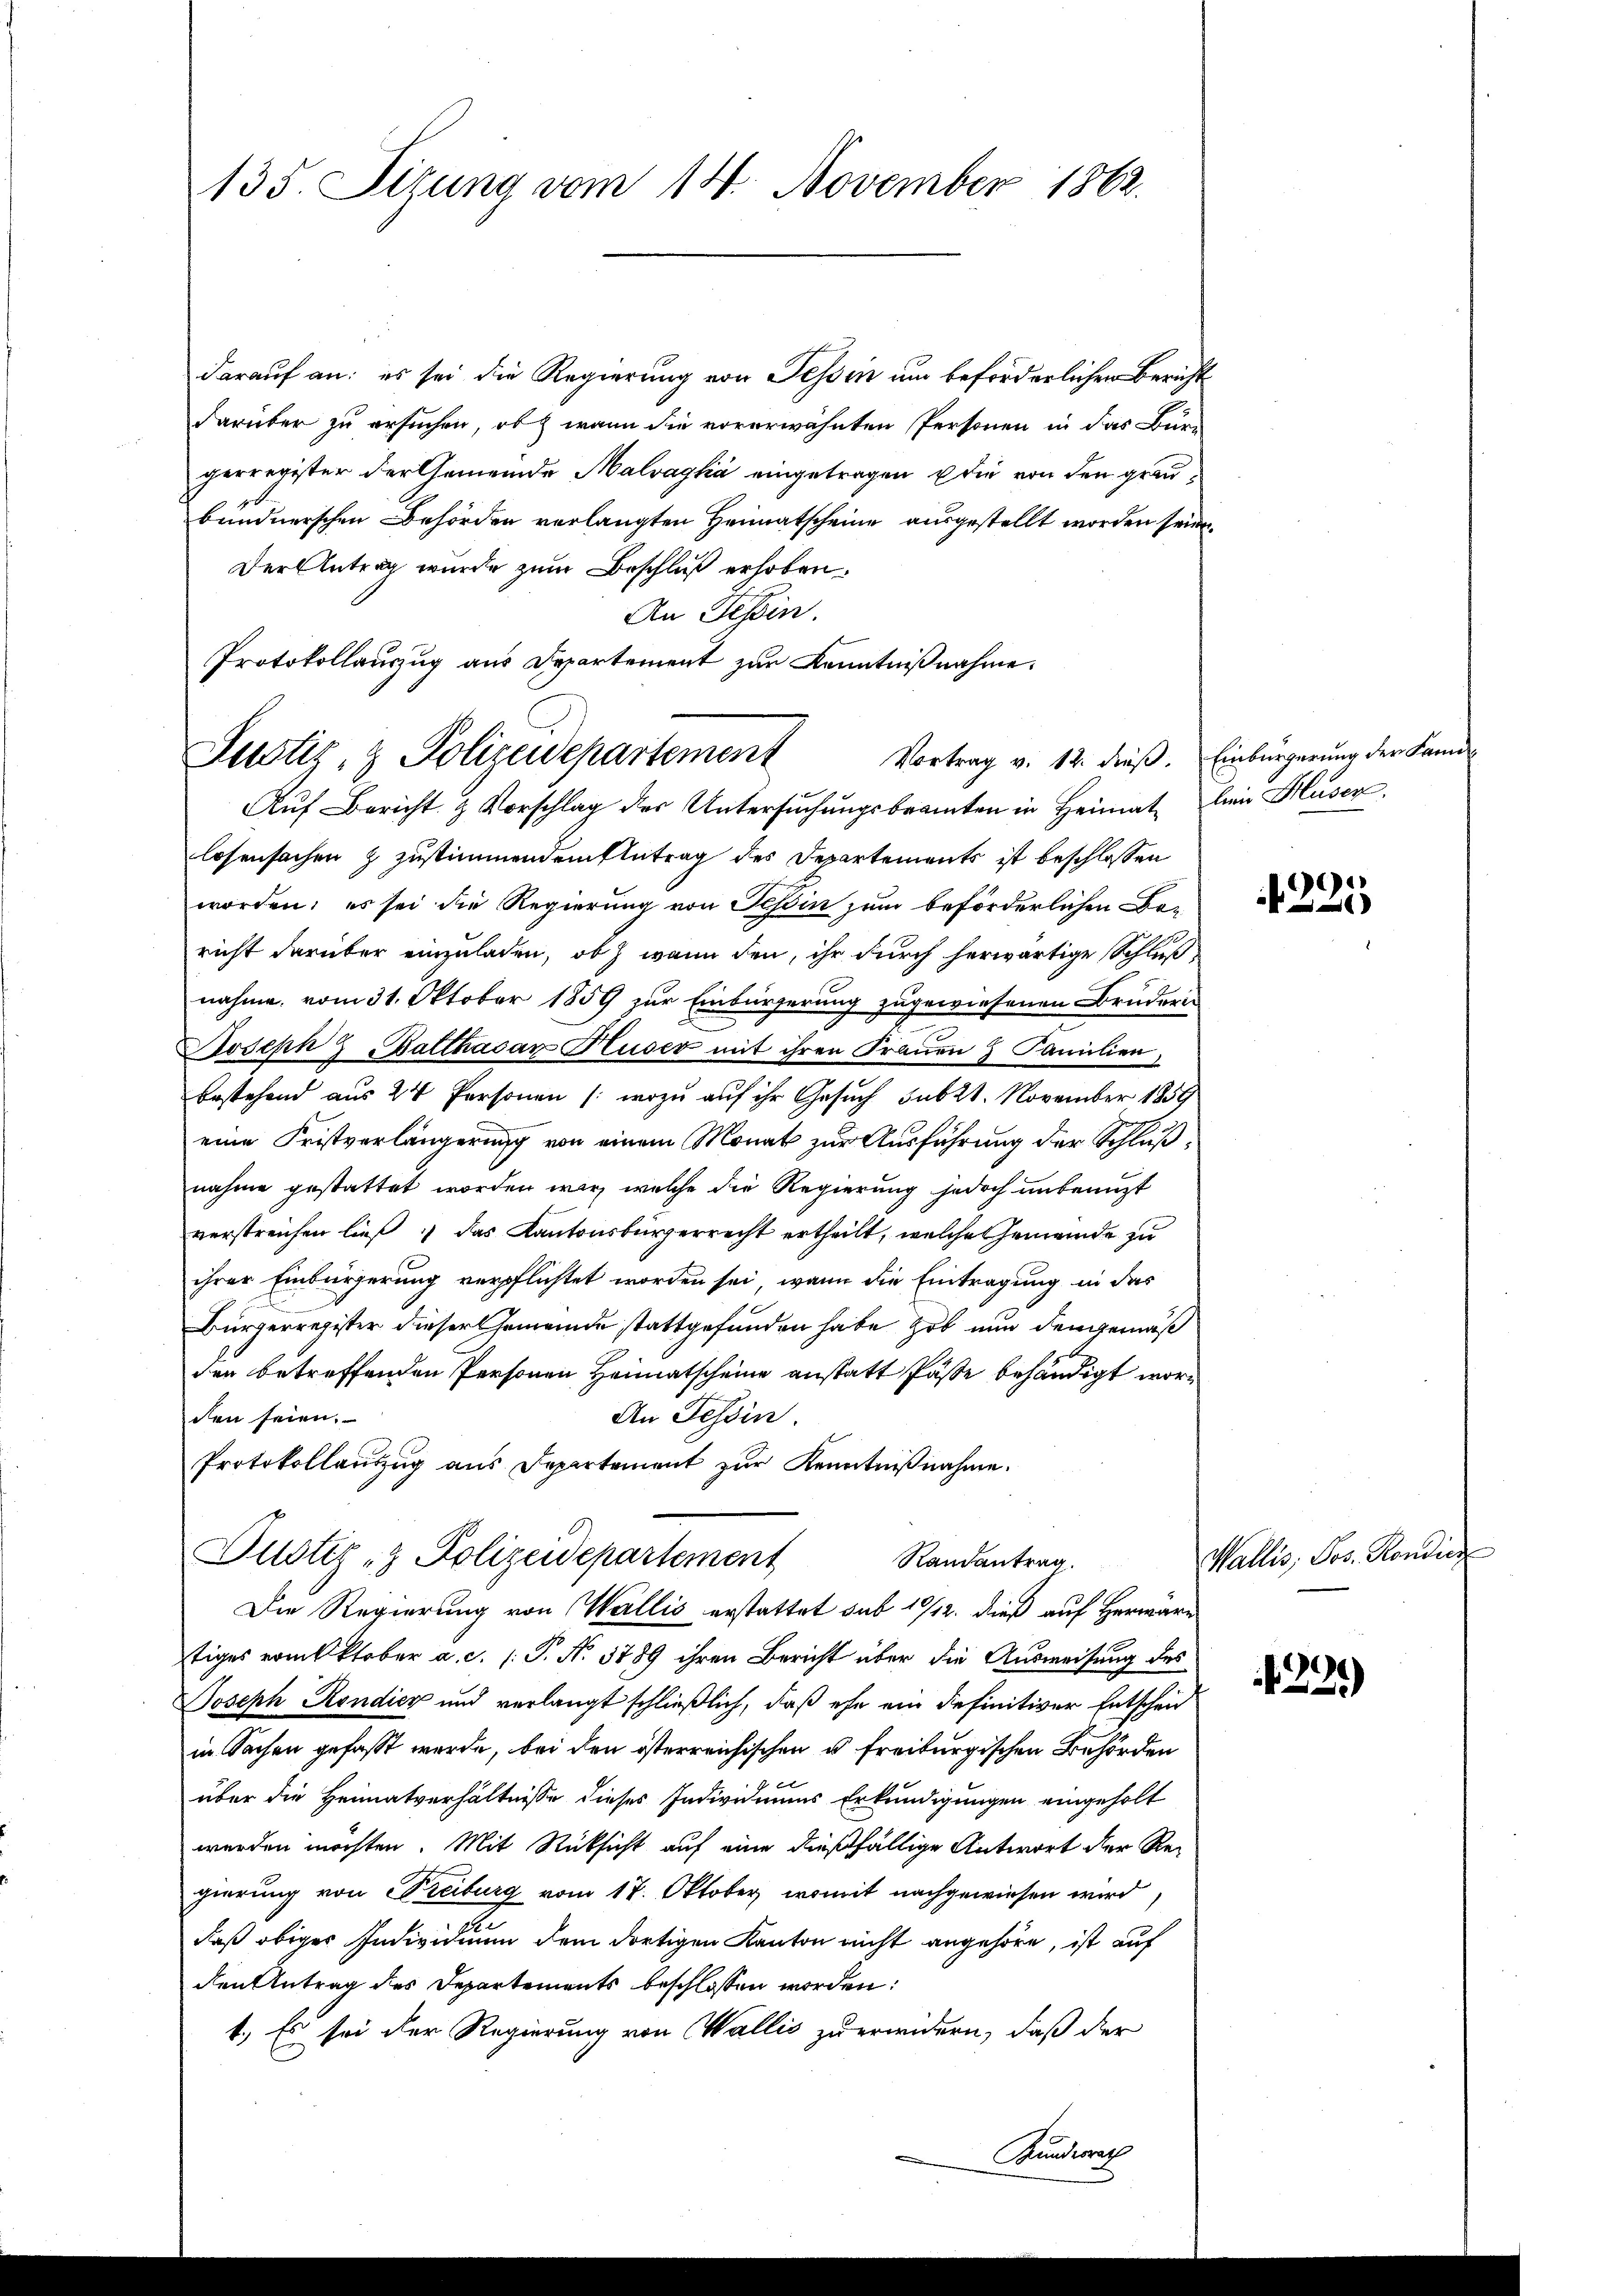
135. Sizung vom 14. November 1862.

darauf an: es sei die Regierung von Tessin um beförderlichen Bericht
darüber zu ersuchen, ob wann die vorerwähnten Personen in das Bür-
gerregister der Gemeinde Malvagka eingetragen u die von den graubündnerschen Behörden verlangten Heimatscheine ausgestellt worden seien.
Der Antrag wurde zum Beschluß erhoben.
An Tessin.
Protokollauszug aus Departement zur Kenntnißnahme.

Justiz- & Polizeidepartement Vortrag v. 12. dieβ. Einbürgerŭng der Land¬
Auf Bericht & Vorschlag des Untersuchungsbeamten in Heimat bein Huser,

losensachen & Zustimmendem Antrag des Departements ist beschlossen
worden; es sei die Regierung von Schin zum beförderlichen Bo-
richt darüber einzuladen, ob wenn den, ihr durch herwärtige Schluß
nahme vom 31. Oktober 1859 zur Einbürgerung zugewiesenen Bruderis
Joseph  Balthasar Huser mit ihren Fraŭen 3 Familien,
bestehend aus 24 Personen (wozu auf ihr Gesuch sub 21. November 1859
eine Fristverlängerung von einem Monat zur Ausführung der Schlußnahme gestattet worden wir, welche die Regierung jedoch unbenuzt
verstreichen ließ, das Kantonsbürgerrecht ertheilt, welche Gemeinde zu
ihrer Einbürgerung verpflichtet worden sei, wenn die Eintragung in das
Bürgerregister dieser Gemeinde stattgefunden habe, ob nun den gemäß
den betreffenden Personen Heimatscheine anstatt Päße behändigt wor¬
An Tessin
den seien.
Protokollaŭszŭg aŭs depertement zŭr Kenntniβnahme.
Justiz- & Polizeidepartement
Randantrag.
Die Regierung von Wallis erstattet sub 19/12. dieß auf Herwarn
tiges vom Oktober a. c. (T. N. 3789 ihren Bericht über die Ausweisung des
Joseph Rondicz und verlangt schließlich, daß ehe ein definitiver Entscheid
in Sachen gefaßt werde, bei den österreichischen u freiburgischen Behörden
e
über die Heimatverhältnisse dieses Individuums Erkundigungen eingeholt
werden möchten. Mit Rücksicht auf eine dießfällige Antwort der Regierung von Freiburg vom 17. Oktober, womit nachgewiesen wird,
daß obiger Individium dem dortigen Kanton nicht angehöre, ist auf
den Antrag des Departements beschlossen worden:
1.) Es sei der Regierung von Wallis zu erwidern, daß der

S

1225

Wallis, Jos. Kondic

290)